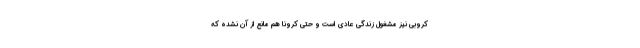
کروبی نیز مشغول زندگی عادی است و حتی کرونا هم مانع از آن نشده که